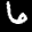
Label: 6